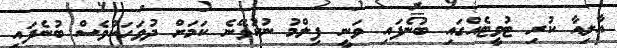
އާލިއާ ކުރި ޓުވީޓެއްގައި ބުނެފައި ވަނީ ފިލްމު ނުކުޅޭނެ ކަމަށް ދުވަހަކުވެސް ބުނެފައި